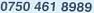
0750 461 8989